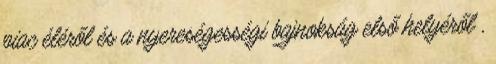
piac éléről és a nyereségességi bajnokság első helyéről ,